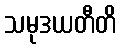
သမုဒယတီတိ